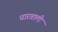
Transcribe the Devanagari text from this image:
धारवाली